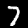
Label: 7